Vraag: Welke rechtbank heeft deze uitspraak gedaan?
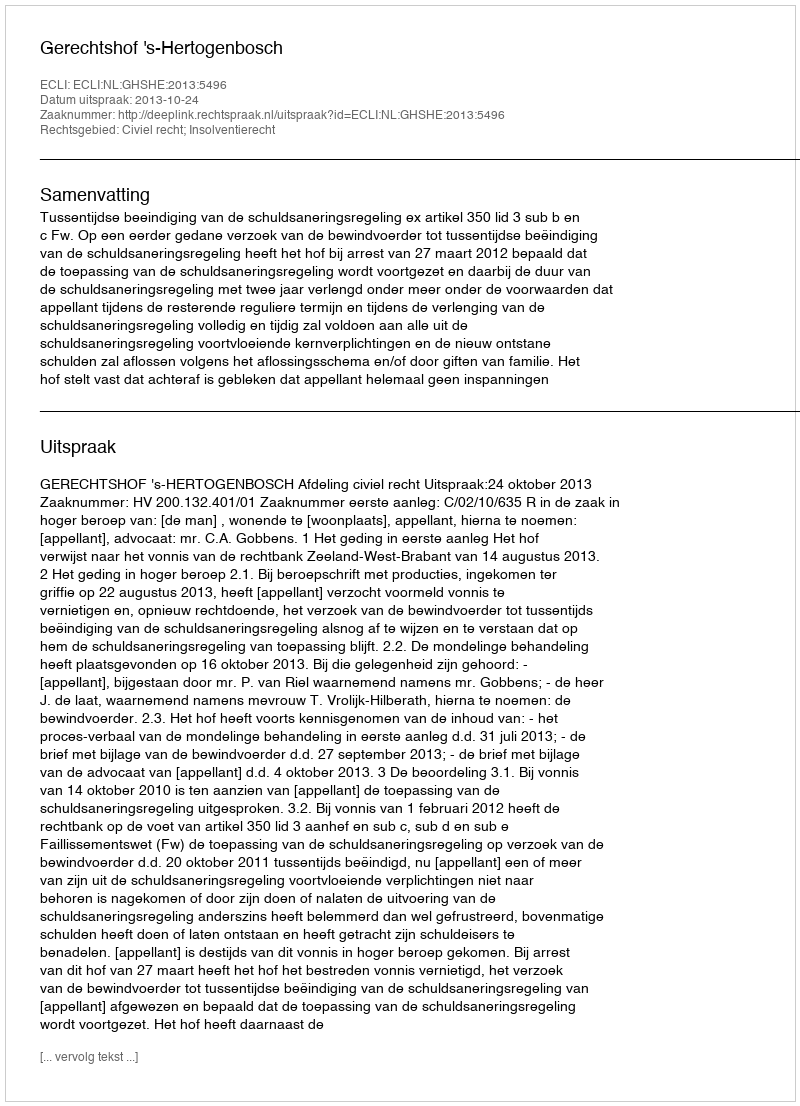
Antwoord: Gerechtshof 's-Hertogenbosch